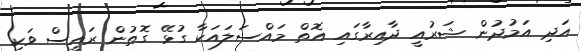
އަދި އަމުދުން ޝަރުއީ ދާއިރާގައި އޮތް މައްސަލައަކާ ގުޅޭ ގޮތުން ރައީސް ވަކި